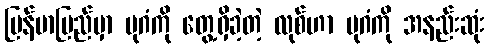
မြန်မာပြည်မှာ ပုဂံကို တွေ့ရှိခဲ့တဲ့ လုစ်ဟာ ပုဂံကို အနည်းဆုံး